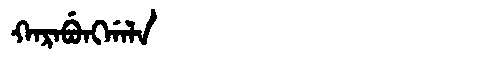
Manchu: ᡴᠠᡵᠠᠪᡠᠩᡤᠠᠯᠠ
Romanization: KARABUNGGALA